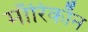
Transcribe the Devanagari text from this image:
माॅरिकाॅन